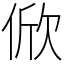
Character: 俽